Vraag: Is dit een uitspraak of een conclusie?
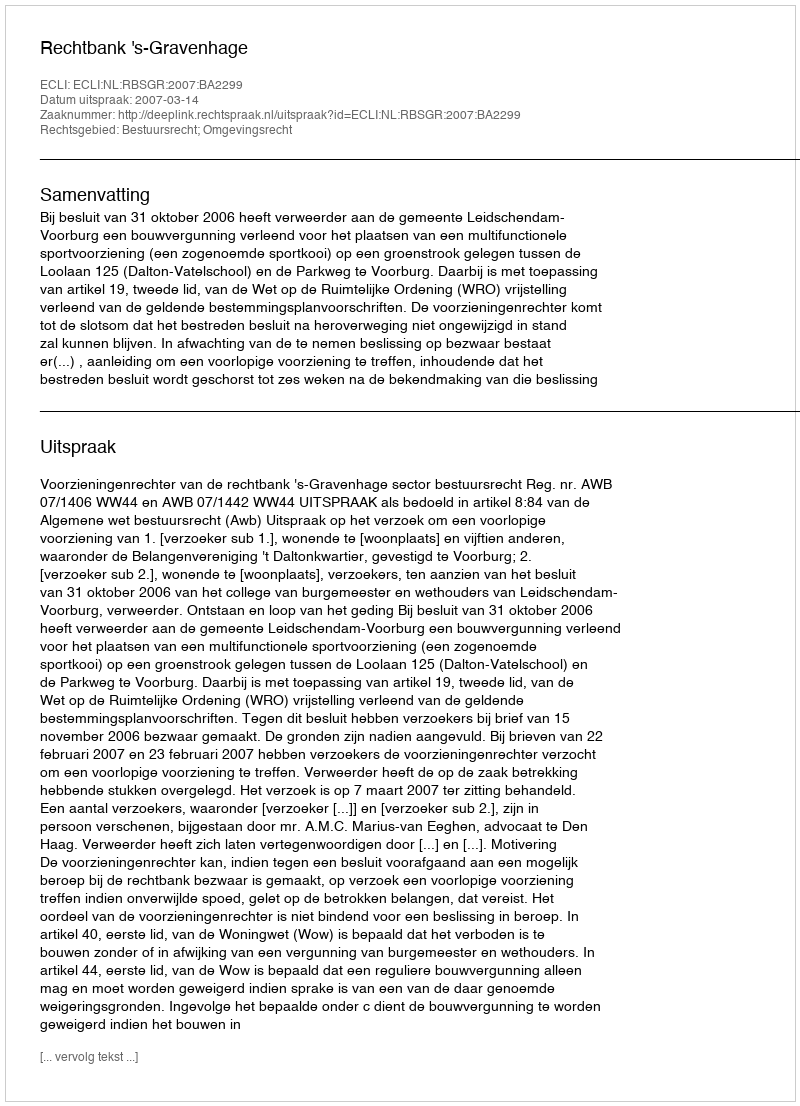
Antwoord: Uitspraak